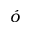
\acute { o }